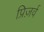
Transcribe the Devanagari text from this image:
प्रिज़र्व